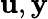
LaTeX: \mathbf{u},\mathbf{y}